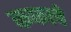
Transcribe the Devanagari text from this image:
कफाचे